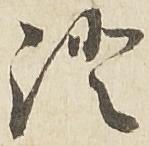
証